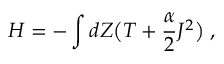
H = - \int d Z \bigl ( T + \frac { \alpha } { 2 } J ^ { 2 } \bigr ) \; ,